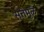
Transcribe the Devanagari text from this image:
सत्तेमुळे